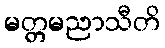
မတ္တမညာသီတိ